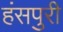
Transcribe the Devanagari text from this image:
हंसपुरी